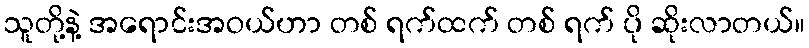
သူတို့နဲ့ အရောင်းအဝယ်ဟာ တစ် ရက်ထက် တစ် ရက် ပို ဆိုးလာတယ်။